Code of medical and sanitary regulations for the guidance of medical officers serving in the Madras Presidency - Volume II
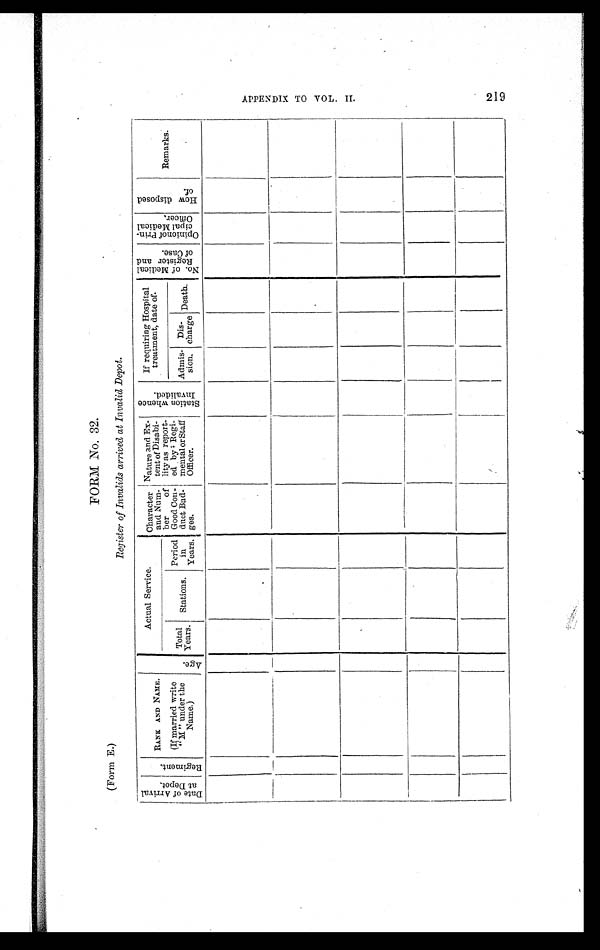
FORM NO. 32.
(Form E.)
Register of Invalids arrived at Invalid Depot.
D a t e o f A r r i v a l a t D e p o t .
R e g i m e n t .
RANK AND NAME.
(If married write
"M " under the
Name.)
A g e .
Actual Service.
Character
and Num-
ber of
Good Con-
duct Bad-
ges.
Nature and Ex-
tent of Disabi-
lity as report-
ed by Regi-
mental or Staff
Officer.
S t a t i o n w h e n c e I n v a l i d e d . If requiring Hospital
treatment, date of.
N o . o f M e d i c a l R e g i s t e r a n d o f C a s e .
Opi ni on of Pr i n-
c i p a l Me d i c a l Of f i c e r .
H o w d i s p o s e d o f .
Remarks.
Total
Years. Stations.
Period
in
Years.
Admis-
sion.
Dis-
charge Death.
A P P E N D I X T O V O L . I I .
219